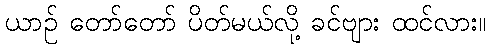
ယာဉ် တော်တော် ပိတ်မယ်လို့ ခင်ဗျား ထင်လား။